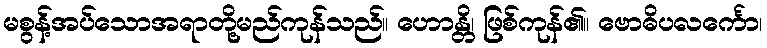
မစွန့်အပ်သောအရာတို့မည်ကုန်သည်။ ဟောန္တိ၊ ဖြစ်ကုန်၏။ ဗောဓိပလင်္ကော၊